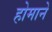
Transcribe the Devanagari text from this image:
होमाने